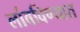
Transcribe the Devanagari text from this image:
लांबविण्यात